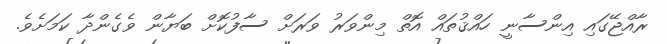
ރާއްޖޭގައި އިންސާނީ ހައްޤުތައް އޮތް މިންވަރު ވަރަށް ސާފުކޮށް ބަޔާން ވެގެންދާ ކަމަށެވެ.